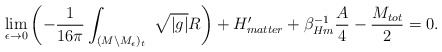
\begin{align*} \lim_{\epsilon \rightarrow 0} \left( -{1\over16\pi}\int_{(M \backslash M_\epsilon )_t}\ \sqrt{ |g| } R \right) +H^\prime_{matter} + \beta_{Hm}^{-1} {A\over 4} - { M_{tot}\over2}=0.\end{align*}